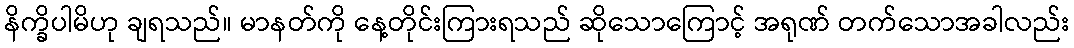
နိက္ခိပါမိဟု ချရသည်။ မာနတ်ကို နေ့တိုင်းကြားရသည် ဆိုသောကြောင့် အရုဏ် တက်သောအခါလည်း